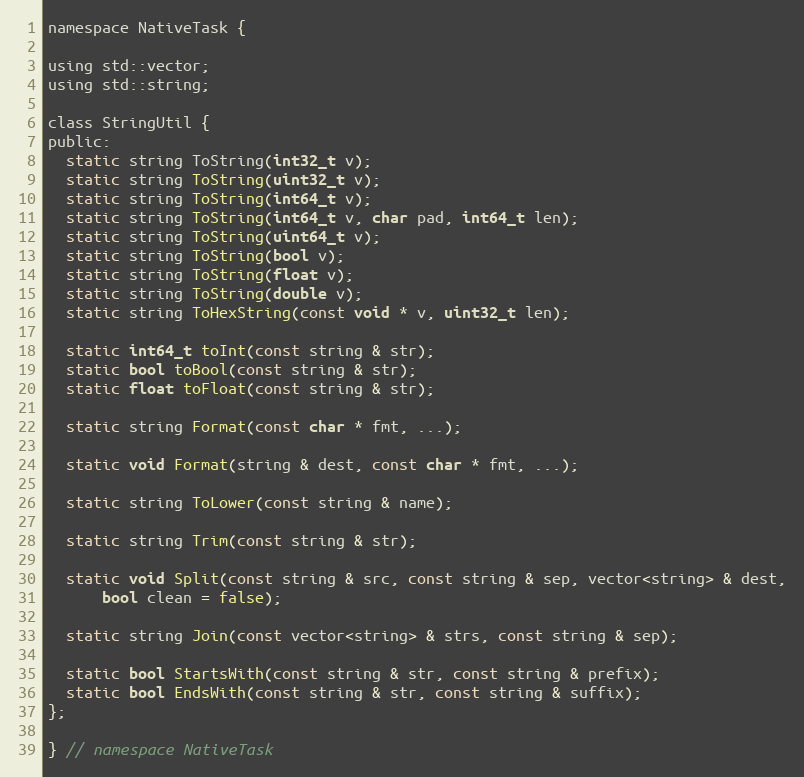
Language: C
namespace NativeTask {

using std::vector;
using std::string;

class StringUtil {
public:
  static string ToString(int32_t v);
  static string ToString(uint32_t v);
  static string ToString(int64_t v);
  static string ToString(int64_t v, char pad, int64_t len);
  static string ToString(uint64_t v);
  static string ToString(bool v);
  static string ToString(float v);
  static string ToString(double v);
  static string ToHexString(const void * v, uint32_t len);

  static int64_t toInt(const string & str);
  static bool toBool(const string & str);
  static float toFloat(const string & str);

  static string Format(const char * fmt, ...);

  static void Format(string & dest, const char * fmt, ...);

  static string ToLower(const string & name);

  static string Trim(const string & str);

  static void Split(const string & src, const string & sep, vector<string> & dest,
      bool clean = false);

  static string Join(const vector<string> & strs, const string & sep);

  static bool StartsWith(const string & str, const string & prefix);
  static bool EndsWith(const string & str, const string & suffix);
};

} // namespace NativeTask